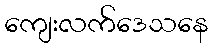
ကျေးလက်ဒေသနေ